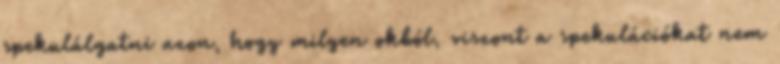
spekulálgatni azon, hogy milyen okból, viszont a spekulációkat nem